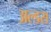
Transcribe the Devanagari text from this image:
अल्डस